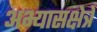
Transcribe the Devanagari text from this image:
अभ्यासक्षेत्रे